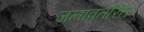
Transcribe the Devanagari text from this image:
जलावतरित